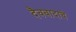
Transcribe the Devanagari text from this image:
दैववादाचे